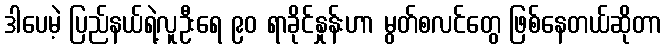
ဒါပေမဲ့ ပြည်နယ်ရဲ့လူဦးရေ ၉၀ ရာခိုင်နှုန်းဟာ မွတ်စလင်တွေ ဖြစ်နေတယ်ဆိုတာ